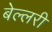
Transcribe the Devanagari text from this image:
बेल्लरी